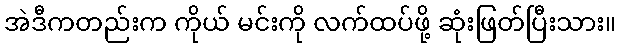
အဲဒီကတည်းက ကိုယ် မင်းကို လက်ထပ်ဖို့ ဆုံးဖြတ်ပြီးသား။